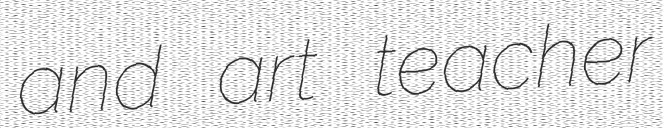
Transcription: and art teacher